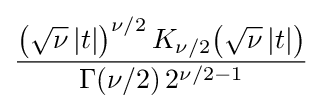
{\frac {{\big (}{\sqrt {\nu }}\,|t|{\big )}^{\nu /2}\,K_{\nu /2}{\big (}{\sqrt {\nu }}\,|t|{\big )}}{\Gamma (\nu /2)\,2^{\nu /2-1}}}